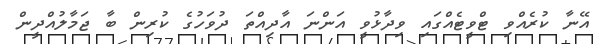
އޭނާ ކުރެއްވި ޓްވީޓެއްގައި ވިދާޅުވީ އަންނަ އާދިއްތަ ދުވަހުގެ ކުރިން ބާ ޖަމާލުއްދީން